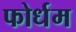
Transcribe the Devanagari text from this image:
फोर्धम